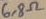
Text: 6,8Ω